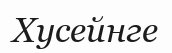
Хусейнге